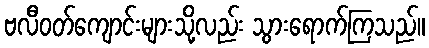
ဗလီဝတ်ကျောင်းများသို့လည်း သွားရောက်ကြသည်။